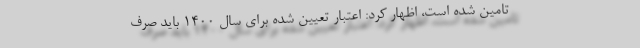
تامین شده است، اظهار کرد: اعتبار تعیین شده برای سال ۱۴۰۰ باید صرف